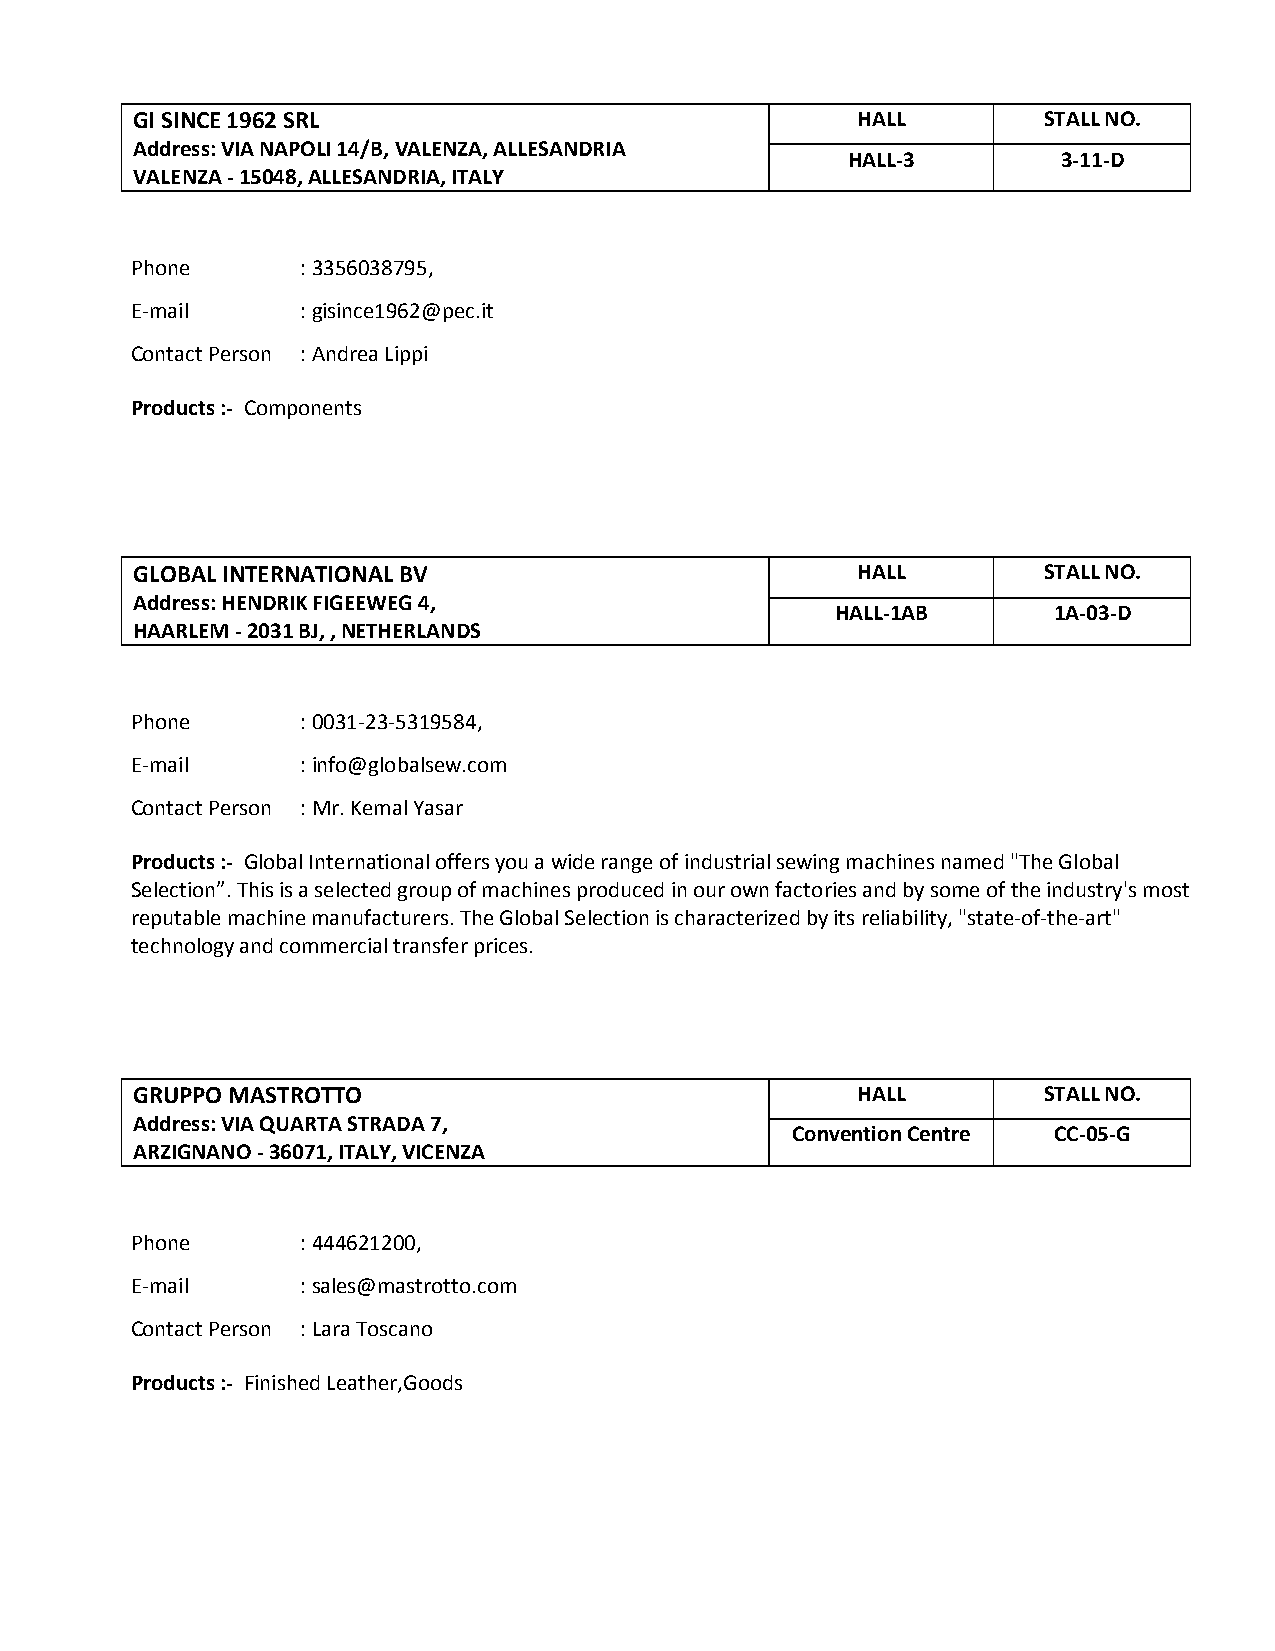
GI SINCE 1962 SRL                               HALL        STALL NO.
 Address: VIA NAPOLI 14/B, VALENZA, ALLESANDRIA
 HALL-3        3-11-D
 VALENZA - 15048, ALLESANDRIA, ITALY
 Phone      : 3356038795,
 E-mail     : gisince1962@pec.it
 Contact Person : Andrea Lippi
 Products :- Components
 GLOBAL INTERNATIONAL BV                         HALL        STALL NO.
 Address: HENDRIK FIGEEWEG 4,
 HALL-1AB       1A-03-D
 HAARLEM - 2031 BJ, , NETHERLANDS
 Phone      : 0031-23-5319584,
 E-mail     : info@globalsew.com
 Contact Person : Mr. Kemal Yasar
 Products :- Global International offers you a wide range of industrial sewing machines named "The Global
 Selection”. This is a selected group of machines produced in our own factories and by some of the industry's most
 reputable machine manufacturers. The Global Selection is characterized by its reliability, "state-of-the-art"
 technology and commercial transfer prices.
 GRUPPO MASTROTTO                                HALL        STALL NO.
 Address: VIA QUARTA STRADA 7,
 Convention Centre CC-05-G
 ARZIGNANO - 36071, ITALY, VICENZA
 Phone      : 444621200,
 E-mail     : sales@mastrotto.com
 Contact Person : Lara Toscano
 Products :- Finished Leather,Goods